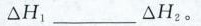
△H_{1}___△H_{2}。